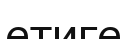
етиге